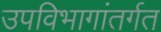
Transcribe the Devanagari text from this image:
उपविभागांतर्गत